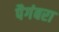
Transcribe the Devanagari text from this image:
पैगंबरा